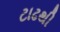
ટાઢથી